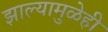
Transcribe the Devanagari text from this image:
झाल्यामुळेही